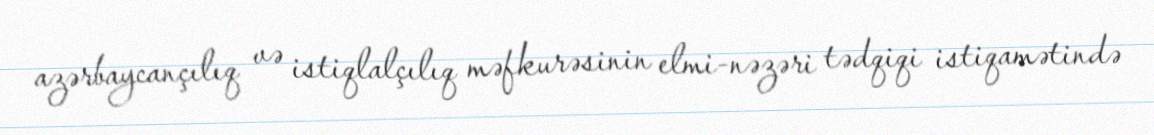
azərbaycançılıq və istiqlalçılıq məfkurəsinin elmi-nəzəri tədqiqi istiqamətində